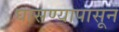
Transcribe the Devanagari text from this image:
घासण्यापासून